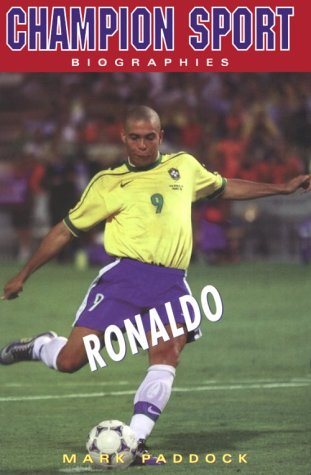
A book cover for Ronaldo (Champion Sports Biography); Mark Paddock; Teen & Young Adult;